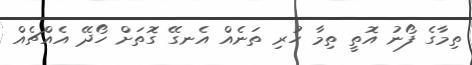
ތިމާގެ ފޯނު އޮތީ ތިމާ ހުރި ތަނެއް އެނގޭ ގޮަތަށް ހޯދޭ އެއްޗެއް